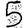
Digit: 5